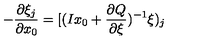
- \frac { \partial \xi _ { j } } { \partial x _ { 0 } } = [ ( I x _ { 0 } + \frac { \partial Q } { \partial \xi } ) ^ { - 1 } \xi ) _ { j }